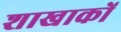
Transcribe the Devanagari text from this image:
शाखाकों